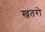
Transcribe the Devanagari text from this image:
खतरो